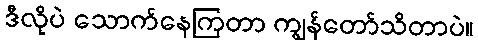
ဒီလိုပဲ သောက်နေကြတာ ကျွန်တော်သိတာပဲ။